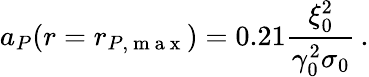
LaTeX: a_{P}(r=r_{P,\mathrm{~m~a~x~}})=0.21\frac{\xi_{0}^{2}}{\gamma_{0}^{2}\sigma_{0}}\, .